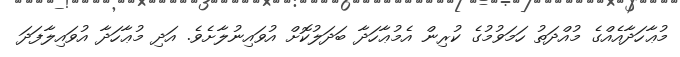
މުޢާހަދާއެއްގެ މުއްދަތު ހަމަވުމުގެ ކުރިން އެމުޢާހަދާ ބަދަލުކޮށް އުވައިނުލާށެވެ. އަދި މުޢާހަދާ އުވައިލާފަދަ